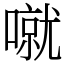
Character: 噈